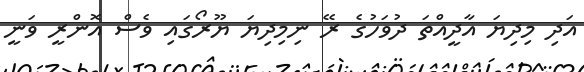
އަދި މިދިޔަ އާދީއްތަ ދުވަހުގެ ރޭ ނިމިދިޔަ ޔޫރޯގައި ވެސް އޮންރީ ވަނީ